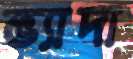
ভ্যাদা